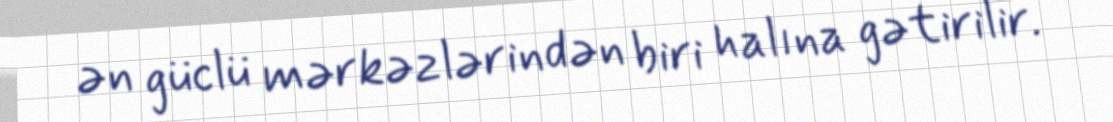
ən güclü mərkəzlərindən biri halına gətirilir.